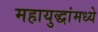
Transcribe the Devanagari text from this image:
महायुद्धांमध्ये